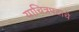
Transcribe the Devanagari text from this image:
याचित्रपटाचे